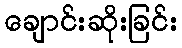
ချောင်းဆိုးခြင်း